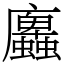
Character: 蠯